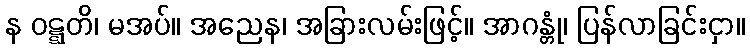
န ဝဋ္ဋတိ၊ မအပ်။ အညေန၊ အခြားလမ်းဖြင့်။ အာဂန္တုံ၊ ပြန်လာခြင်းငှာ။